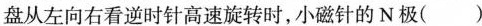
盘从左向右看逆时针高速旋转时，小磁针的N极( )